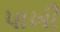
પાખી